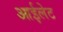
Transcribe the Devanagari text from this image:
आईलेट